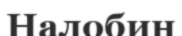
Налобин